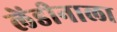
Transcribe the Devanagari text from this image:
लेंडीनाला